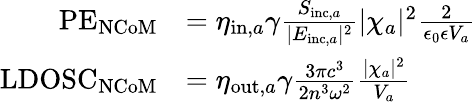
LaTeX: \begin{array}{rl}{\mathrm{PE}_{\mathrm{NCoM}}}&{=\eta_{\mathrm{in},a}\gamma\frac{S_{\mathrm{inc},a}}{|E_{\mathrm{inc},a}|^{2}}|\chi_{a}|^{2}\frac{2}{\epsilon_{0}\epsilon V_{a}}}\\ {\mathrm{LDOSC}_{\mathrm{NCoM}}}&{=\eta_{\mathrm{out},a}\gamma\frac{3\pi c^{3}}{2n^{3}\omega^{2}}\frac{|\chi_{a}|^{2}}{V_{a}}}\end{array}